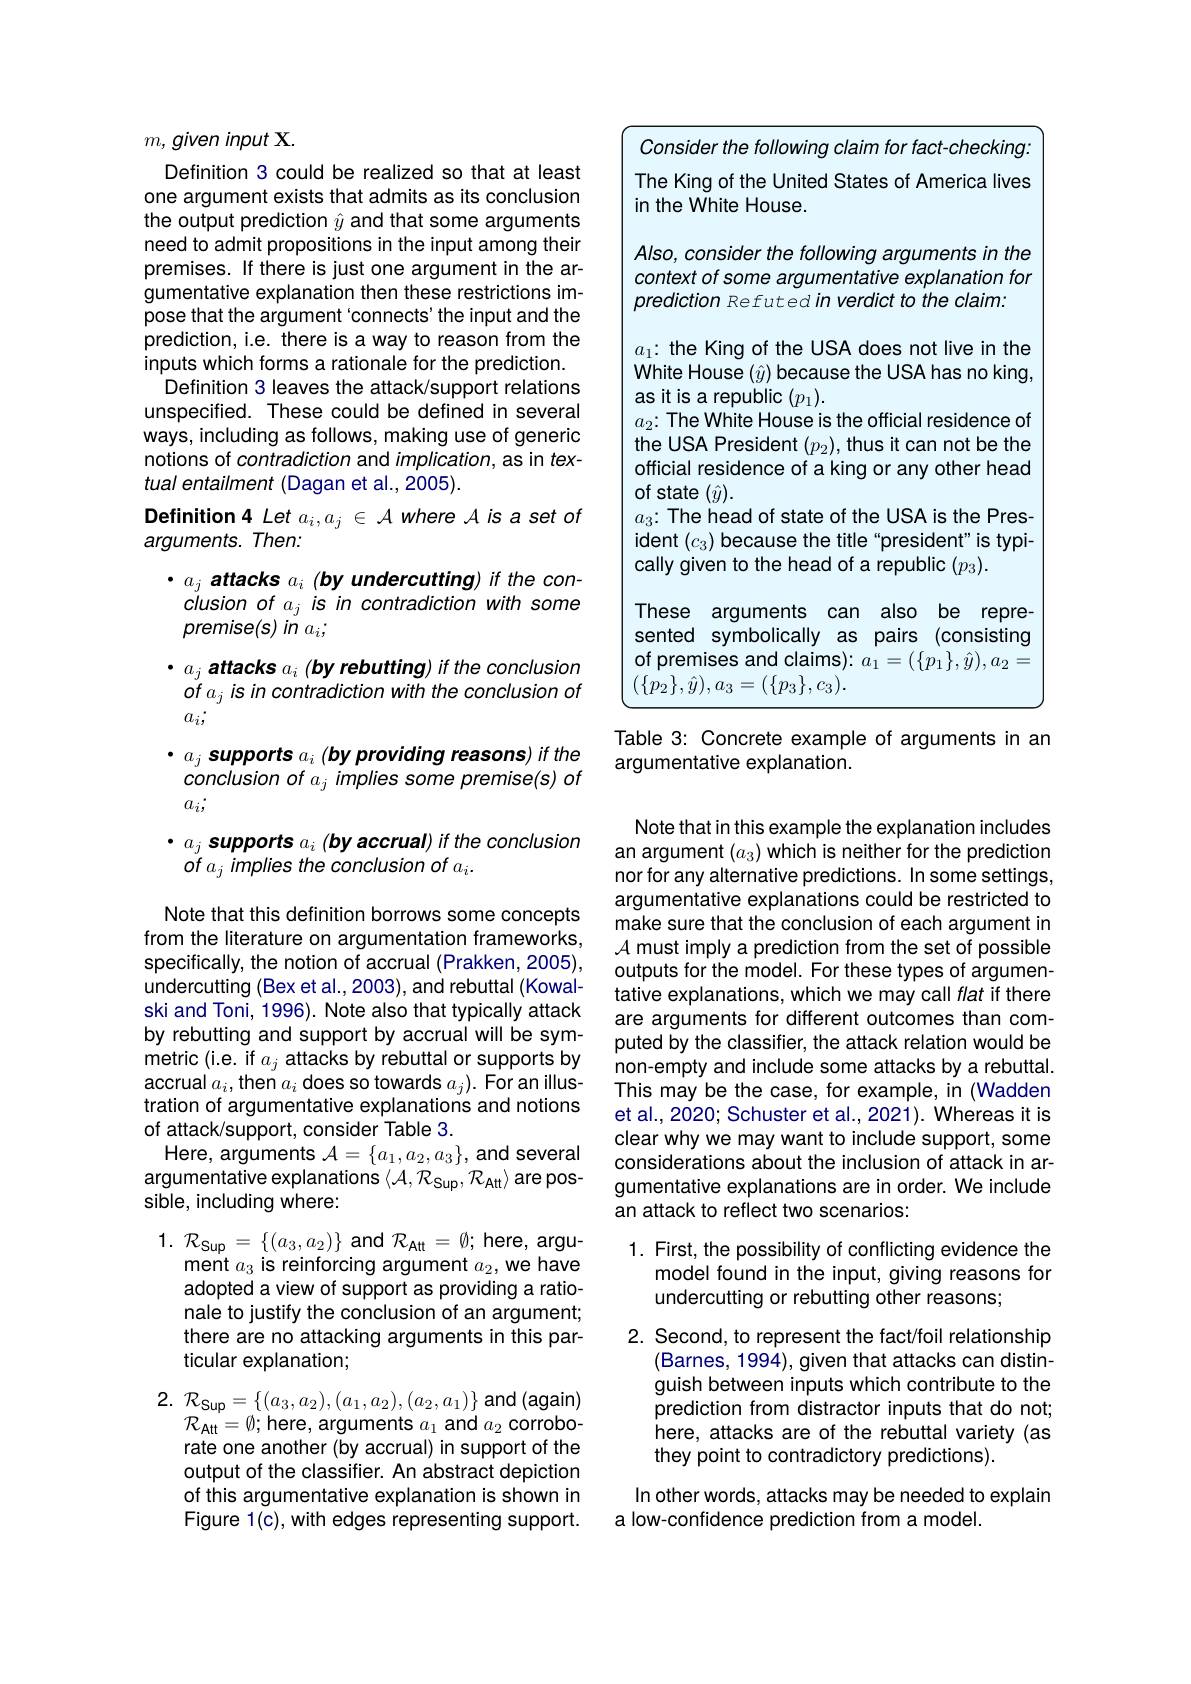
$m,given$ input X.
Definition 3 could be realized so that at least one argument exists that admits as its conclusion the output prediction $\hat{y}$ and that some arguments need to admit propositions in the input among their premises. If there is just one argument in the argumentative explanation then these restrictions impose that the argument 'connects' the input and the prediction, i.e. there is a way to reason from the inputs which forms a rationale for the prediction.
Definition 3 leaves the attack/support relations unspecified. These could be defined in several ways, including as follows, making use of generic notions of contradiction and implication, as in textual entailment (Dagan et al., 2005).

Definition4 Let $a_i,a_j\in\mathcal{A}$ where $\mathcal{A}$ is a set of

$Then:$

$arguments.$

$\cdot a_{j}$ attacks $a_i$ (by undercutting) if the con-

clusion of $a_j$ is in contradiction with some

$premise(s)$ in $a_i;$

$\cdot a_{j}$ attacks $a_i$ (by rebutting) if the conclusion

of $a_j$ is in contradiction with the conclusion of

$a_i;$

$\cdot a_j$ supports $a_i$ (by providing reasons) if the

conclusion of $a_j$ implies some premise(s) of

$a_i;$

$\cdot a_{j}$ supports $a_i$ (by accrual) if the conclusion
of $a_j$ implies the conclusion of $a_i.$

Note that this definition borrows some concepts from the literature on argumentation frameworks, specifically, the notion of accrual (Prakken, 2005), undercutting (Bex et al.,2003), and rebuttal (Kowalski and Toni, 1996). Note also that typically attack by rebutting and support by accrual will be symmetric (i.e. if $a_j$ attacks by rebuttal or supports by accrual $a_i$,then $a_i$ does so towards $a_j).$ For an illustration of argumentative explanations and notions of attack/support, consider Table 3.
Here, arguments $\mathcal{A}=\{a_1,a_2,a_3\}$, and several argumentative explanations $\langle \mathcal{A} , \mathcal{R} _{\mathrm{Sup}}, \mathcal{R} _{\mathrm{At}}\rangle$ are possible, including where:

1. ${\mathcal{R} }_{\mathrm{Sup}}= \{ ( a_{3}, a_{2}) \}$ and $\mathcal{R}_\mathrm{Att}=\emptyset;$ here, argu-
ment $a_3$ is reinforcing argument $a_2$,we have adopted a view of support as providing a rationale to justify the conclusion of an argument; there are no attacking arguments in this particular explanation;

2. ${\mathcal{R} }_{\mathrm{Sup}}= \{ ( a_{3}, a_{2}) , ( a_{1}, a_{2}) , ( a_{2}, a_{1}) \}$ and (again)
$\mathcal{R}_{\mathrm{Att}}=\emptyset;$ here, arguments $a_1$ and $a_2$ corroborate one another (by accrual) in support of the output of the classifier. An abstract depiction of this argumentative explanation is shown in Figure 1(c), with edges representing support.

<table>
	<tbody>
		<tr>
			<td>7 ir</td>
			<td>e King of the United States of America lives he White House.</td>
		</tr>
		<tr>
			<td>tl</td>
			<td>The White House is the official residence of USA President $(p_2)$, thus it can not be the cial residence of a king or any other head state $(\hat{u}).$</td>
		</tr>
		<tr>
			<td>11</td>
			<td>state $(\hat{y}).$ The head of state of the USA is the Pres nt $(c_{3})$ because the title“president" is typi-</td>
		</tr>
	</tbody>
</table>

Table 3: Concrete example of arguments in an
argumentative explanation.

Note that in this example the explanation includes an argument $(a_3)$ which is neither for the prediction nor for any alternative predictions. In some settings, argumentative explanations could be restricted to make sure that the conclusion of each argument in A must imply a prediction from the set of possible outputs for the model. For these types of argumentative explanations, which we may call flat if there are arguments for different outcomes than computed by the classifier, the attack relation would be non-empty and include some attacks by a rebuttal. This may be the case, for example, in (Wadden et al., 2020; Schuster et al., 2021). Whereas it is clear why we may want to include support, some considerations about the inclusion of attack in argumentative explanations are in order. We include an attack to reflect two scenarios:

## 1. First, the possibility of conflicting evidence the model found in the input, giving reasons for undercutting or rebutting other reasons;

2. Second, to represent the fact/foil relationship
(Barnes, 1994), given that attacks can distinguish between inputs which contribute to the prediction from distractor inputs that do not; here, attacks are of the rebuttal variety (as they point to contradictory predictions).

In other words, attacks may be needed to explain
a low-confidence prediction from a model.